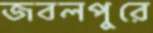
জবলপুরে